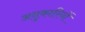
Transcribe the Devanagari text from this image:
अनुकारियों